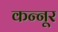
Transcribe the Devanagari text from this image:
कन्‍नूर